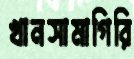
খানসামাগিরি